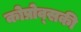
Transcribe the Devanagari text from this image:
कोप्रोव्सकी